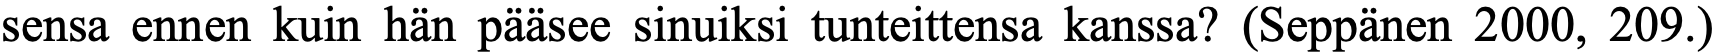
sensa ennen kuin hän pääsee sinuiksi tunteittensa kanssa? (Seppänen 2000, 209.)